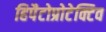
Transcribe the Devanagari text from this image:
हिपैटोप्रोटेक्टिव